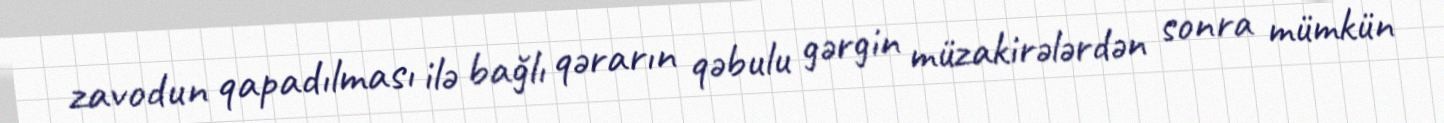
zavodun qapadılması ilə bağlı qərarın qəbulu gərgin müzakirələrdən sonra mümkün